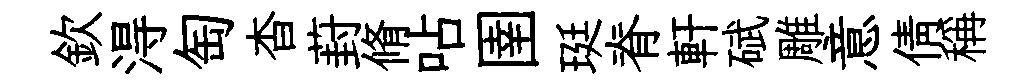
欽淂匋杳葑脩呫圉珽脊軒碔雕意倩稱